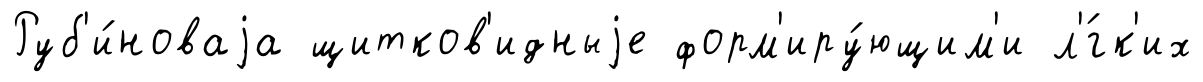
Руб'и́новаjа щитков'идныjе форм'иру́ющим'и л'́гк'их